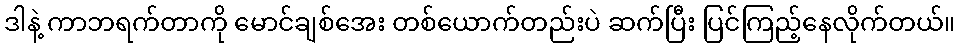
ဒါနဲ့ ကာဘရက်တာကို မောင်ချစ်အေး တစ်ယောက်တည်းပဲ ဆက်ပြီး ပြင်ကြည့်နေလိုက်တယ်။